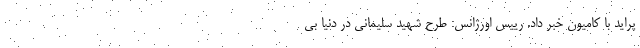
پراید با کامیون خبر داد. رییس اورژانس: طرح شهید سلیمانی در دنیا بی